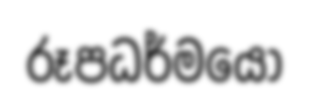
රූපධර්මයෝ